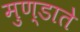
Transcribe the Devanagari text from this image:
मुण्डाते